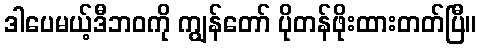
ဒါပေမယ့်ဒီဘဝကို ကျွန်တော် ပိုတန်ဖိုးထားတတ်ပြီ။